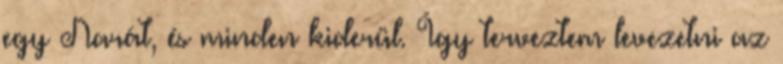
egy Narát, és minden kiderül. Így terveztem levezetni az